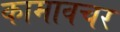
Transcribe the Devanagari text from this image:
कामावचर